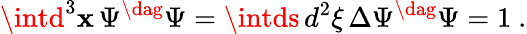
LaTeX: \intd^{3}\mathbf{x}\, \Psi^{\dag}\Psi=\intds\, d^{2}\xi\, \Delta\Psi^{\dag}\Psi=1\ .